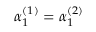
\alpha _ { 1 } ^ { ( 1 ) } = \alpha _ { 1 } ^ { ( 2 ) }